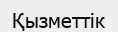
Қызметтік